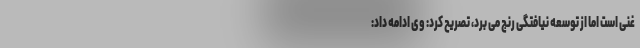
غنی است اما از توسعه نیافتگی رنج می برد، تصریح کرد: وی ادامه داد: